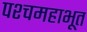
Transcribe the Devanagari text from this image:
पश्चमहाभूत